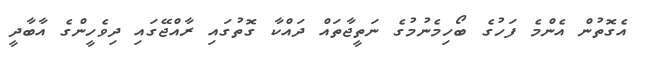
އެގޮތުން އެންމެ ފަހުގެ ބޯހިމެނުމުގެ ނަތީޖާތައް ދައްކާ ގޮތުގައި ރާއްޖޭގައި ދިވެހީންގެ އާބާދީ